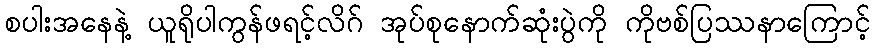
စပါးအနေနဲ့ ယူရိုပါကွန်ဖရင့်လိဂ် အုပ်စုနောက်ဆုံးပွဲကို ကိုဗစ်ပြဿနာကြောင့်